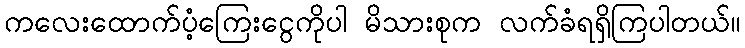
ကလေးထောက်ပံ့ကြေးငွေကိုပါ မိသားစုက လက်ခံရရှိကြပါတယ်။